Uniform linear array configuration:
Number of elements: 64
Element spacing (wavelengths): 0.75
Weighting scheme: hann
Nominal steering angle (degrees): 30
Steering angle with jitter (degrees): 29.855
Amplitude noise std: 0.05
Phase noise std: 0.05

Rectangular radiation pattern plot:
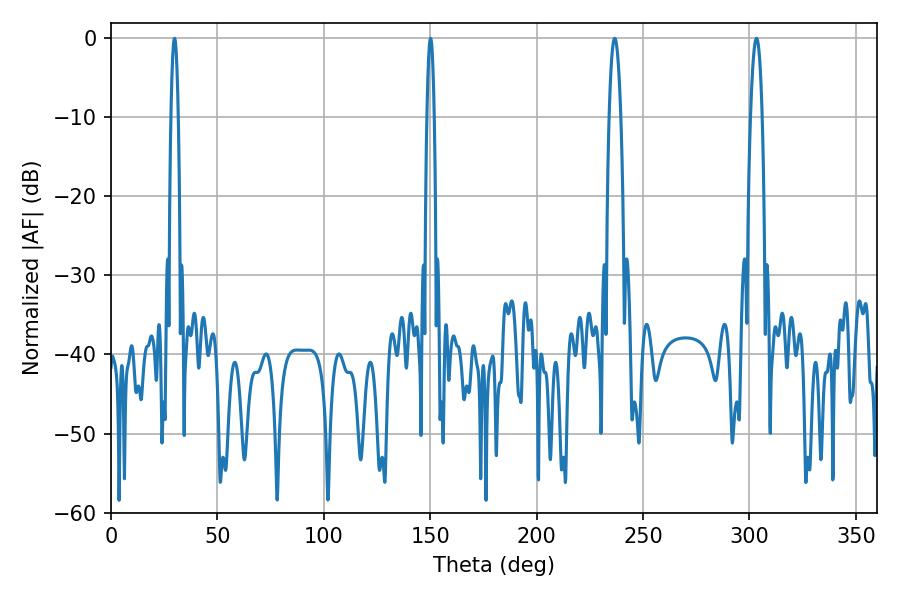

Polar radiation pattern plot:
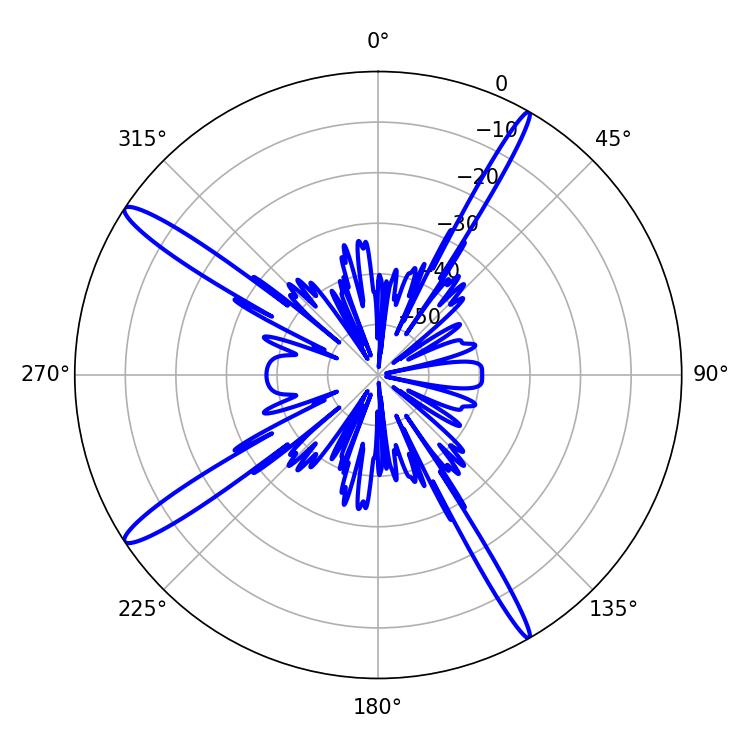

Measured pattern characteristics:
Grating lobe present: TRUE
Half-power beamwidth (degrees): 2.88
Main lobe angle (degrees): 236.7